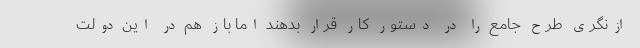
ازنگری طرح جامع را در دستور کار قرار بدهند اما باز هم در این دولت